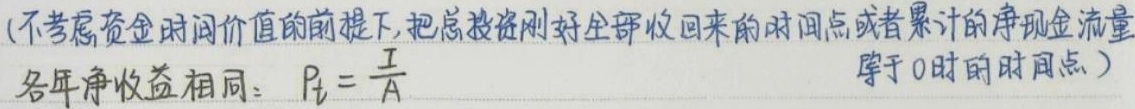
(不考虑资金时间价值的前提下,把总投资刚好全部收回来的时间点或者累计的净现金流量等于0时的时间点)
各年净收益相同：$P_t = \frac{I}{A}$